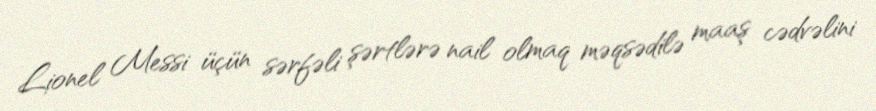
Lionel Messi üçün sərfəli şərtlərə nail olmaq məqsədilə maaş cədvəlini